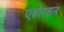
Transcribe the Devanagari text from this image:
एडोरशन